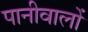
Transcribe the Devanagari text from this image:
पानीवालों